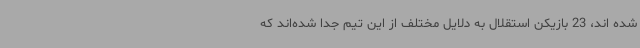
شده اند، 23 بازیکن استقلال به دلایل مختلف از این تیم جدا شده‌اند که